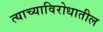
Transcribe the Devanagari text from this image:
त्याच्याविरोधातील